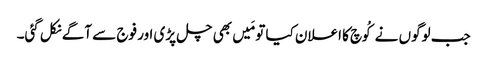
جب لوگوں نے کُوچ کا اعلان کیا تو مَیں بھی چل پڑی اور فوج سے آگے نکل گئی۔